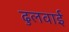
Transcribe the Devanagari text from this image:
ढुलवाई